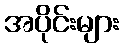
အပိုင်းများ